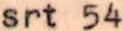
srt 54